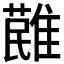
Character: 𩀔